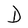
Character: D